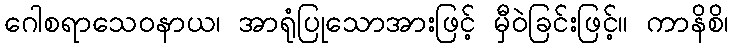
ဂေါစရာသေဝနာယ၊ အာရုံပြုသောအားဖြင့် မှီဝဲခြင်းဖြင့်။ ကာနိစိ၊